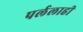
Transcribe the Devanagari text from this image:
पर्ललाही